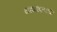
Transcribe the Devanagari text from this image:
वाद्यवादनाची